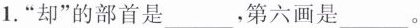
1. “却”的部首是___，第六画是___。